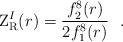
LaTeX: \begin{align*}{\rm Z}_{{\rm R}}^{I}(r) ={f_2^{8}(r) \over 2 f_1^{8}(r)}~~.\end{align*}